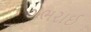
ગભરાઈ